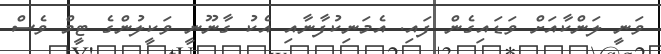
ވަނީ ލަންކާއަށް ވަޑައިގެން ފައި. އެމަނިކުފާނާއި އެކު ގާނޫނީ ވަކީލުންގެ ޓީމް ވެސް